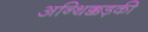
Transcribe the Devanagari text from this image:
अन्थिक्कड़की